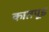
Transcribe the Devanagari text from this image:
कातपूड